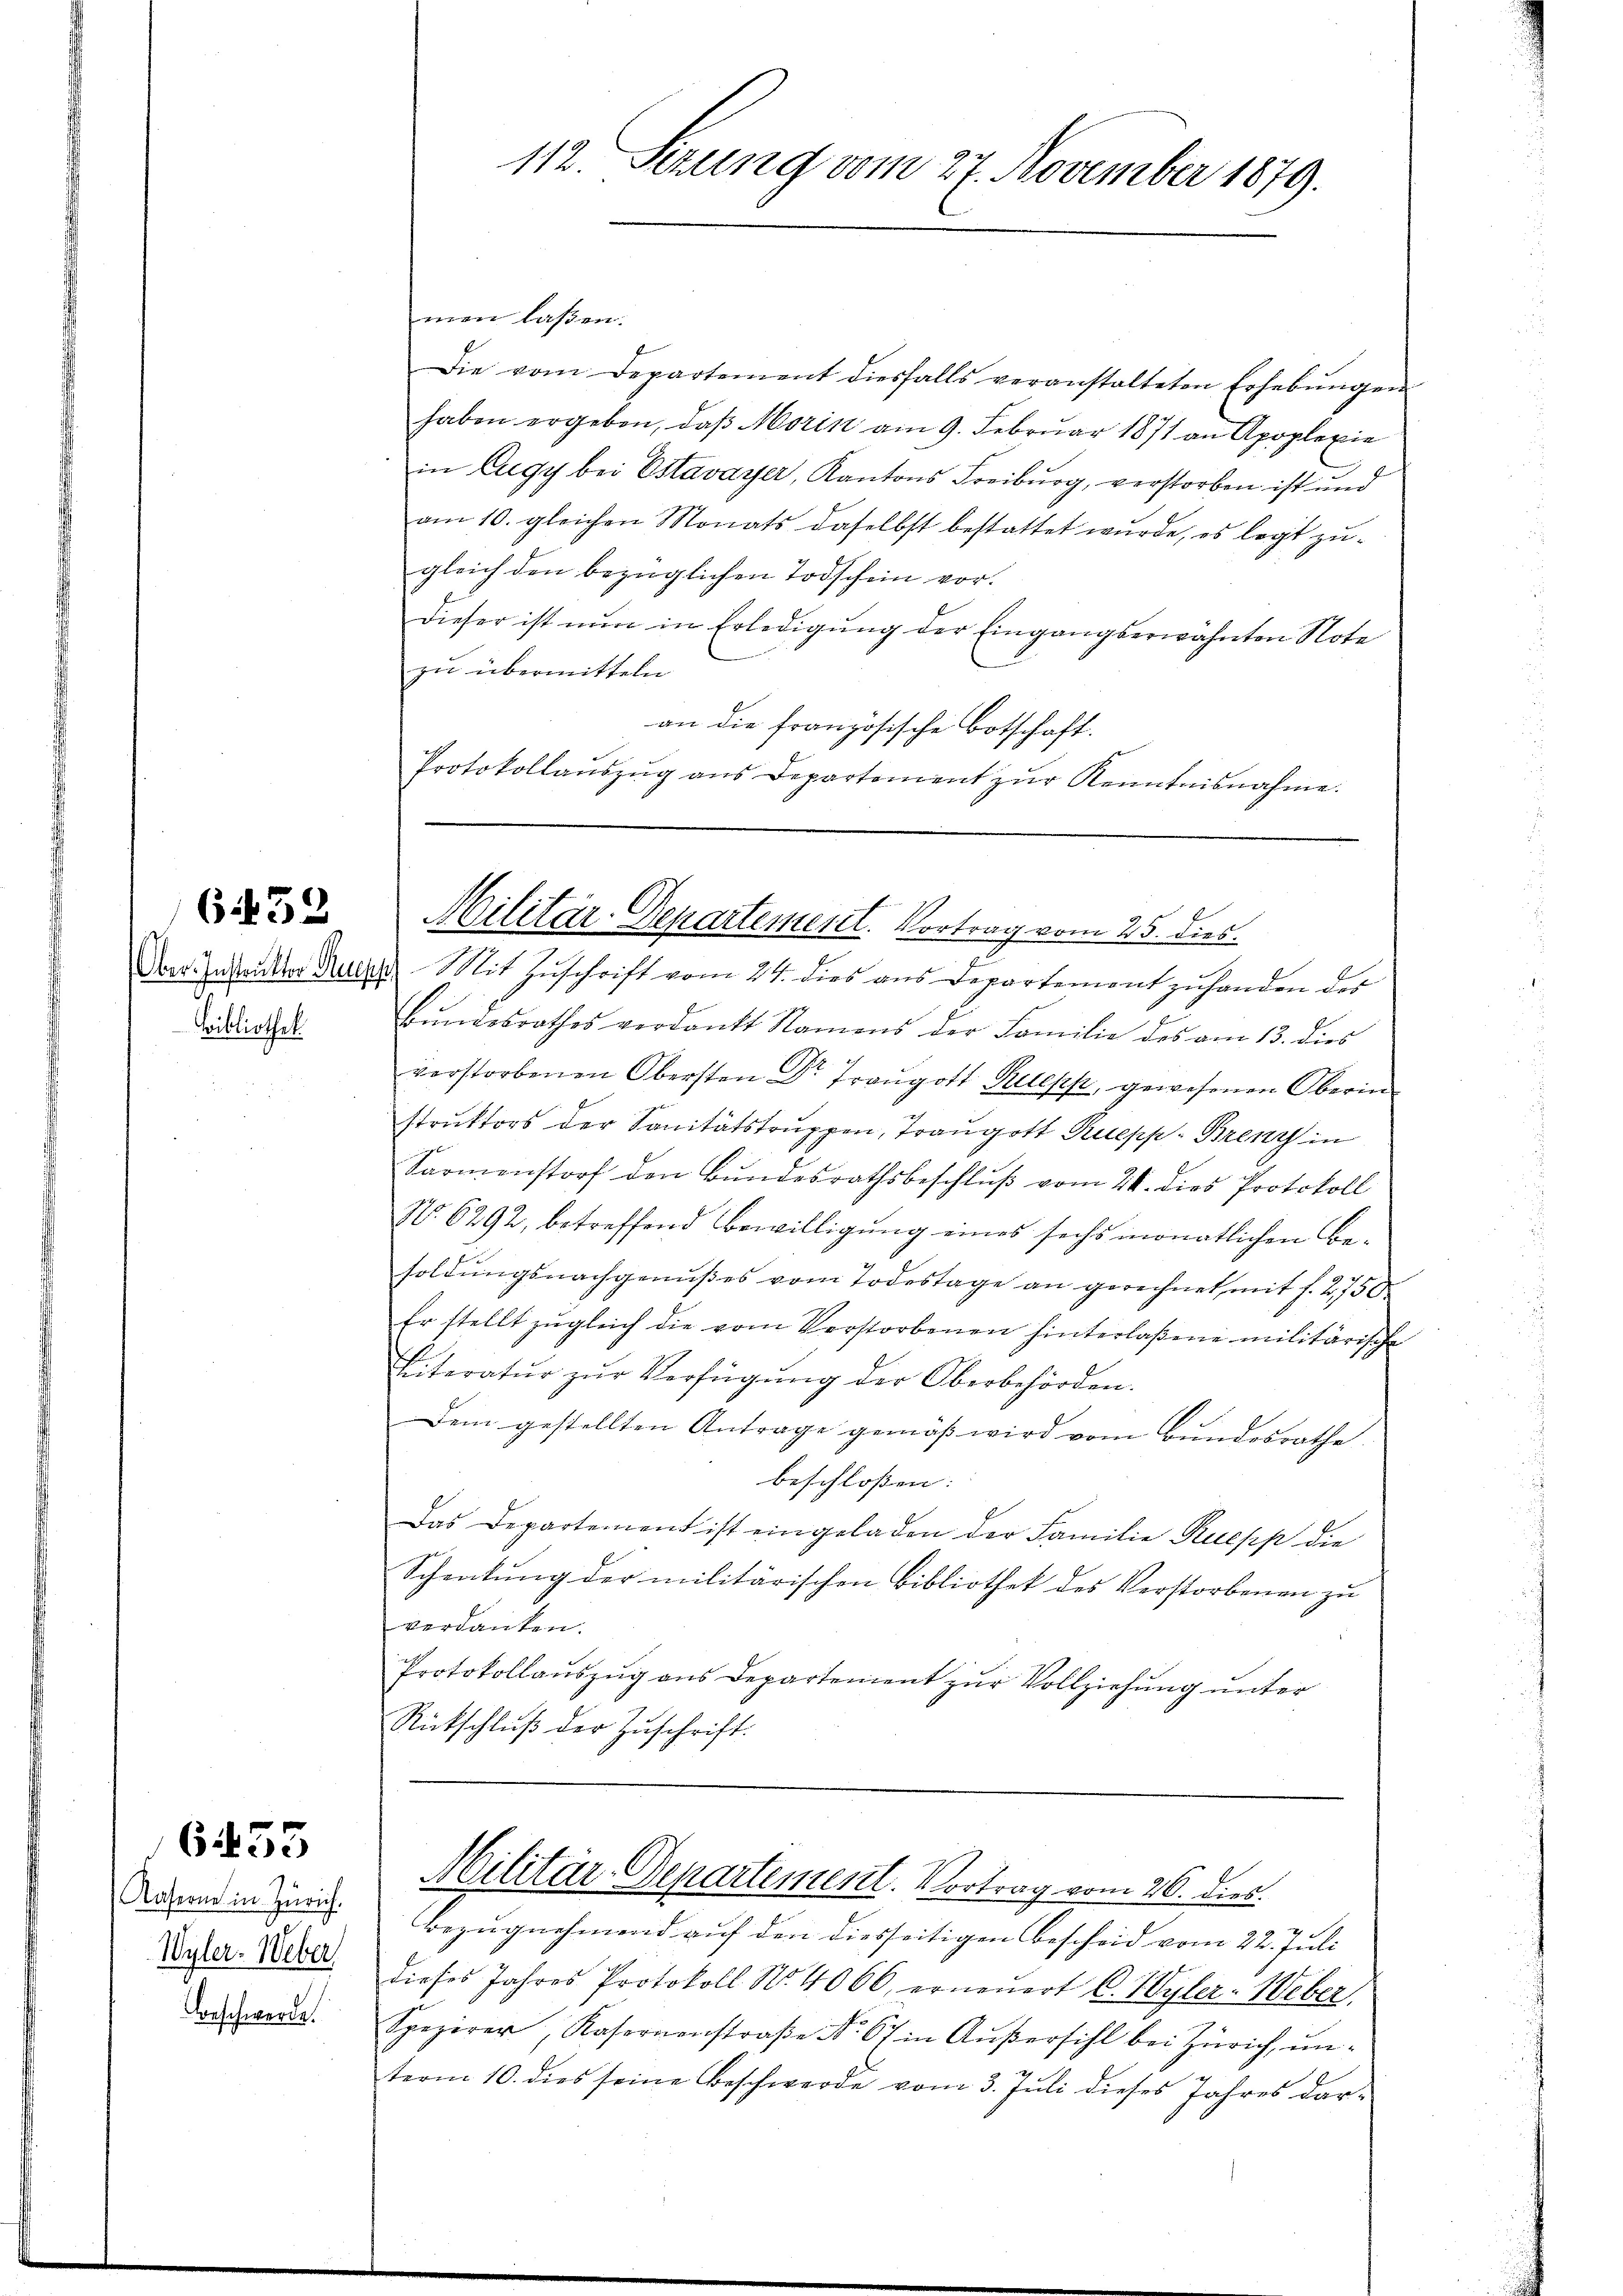
Bibliothek

659

Aaserne in Zürich.
Wyler. Weber
Vorschwerde.

6455

men laßen.
Die vom Departement diesfalls veranstalteten Erhebungen
haben ergeben, daß Morin am 9. Februar 1871 an Apoplexie
in Eugy bei Estavayer, Kantons Freiburg, verstorben ist und
am 10. gleichen Monats daselbst bestattet wurde, es legt zugleich den bezüglichen Todschein vor.
Dieser ist nŭn in Erledigung der Eingangserwähnten Note
zu übermitteln
an die französische Botschaft.
Protokollaŭszŭg ans Departement zŭr Kenntnisnahme.

112. Sezung vom 27. November 1879.

Militär-Departement. Vortrag vom 25. dies

Der Instruckter Burg. Mit Zŭschrift vom 24. dies ans Departement zŭ handen des
Bŭndesrathes verdankt Namens der Familie des am 13. dies
verstorbenen Obersten Dr Traugott Sepp gewesenen Oberin
struktors der Sanitätstruppen, Traugott Puepp- Breny in
Sarmenstorf den Bundesrathsbeschluß vom 24. dies Protokoll
No. 6292, betreffend Bewilligung eines sechs monatlichen Besoldŭngsnachgenußes vom Todestage an gerechnet, mit f. 2750
Er stellt zŭgleich die vom Verstorbenen hinterlaßene militärische
Eiteratŭr zŭr Verfügŭng der Oberbehörden.
Dem gestellten Antrage gemäss wird vom Bundesrathe
beschloßen:
Das Departement ist eingeladen der Familie Ruepp die
Schenkung der militärischen Bibliothek des Verstorbenen zu
verdanken.
Protokollauszug aus Departement zur Vollziehung unter
Rückschluß der Zuschrift:

Militär-Departement. Vortrag vom 26. dies

Bezugnehmend auf den diesseitigen Bescheid vom 22. Juli
dieses Jahres Protokoll No. 4066, erneŭert C. Wyler-Weber,
Spezirer, Kasernenstraβe Nr. 67 in Aŭβersihl bei Zürich, un-
term 10. dies seine Beschwerde vom 3. Juli dieses Jahres dar¬